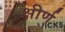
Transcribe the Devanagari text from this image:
क्षीर्ण